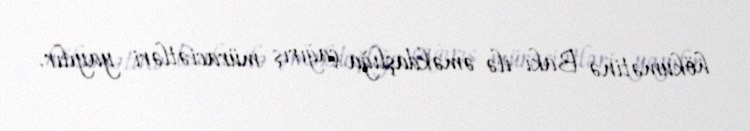
hökumətinə Bakı ilə əməkdaşlığa çağırış müraciətləri yayılır.